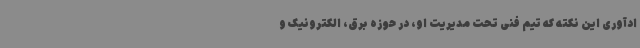
ادآوری این نکته که تیم فنی تحت مدیریت او، در حوزه برق، الکترونیک و